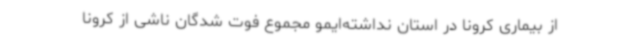
از بیماری کرونا در استان نداشته‌ایمو مجموع فوت شدگان ناشی از کرونا